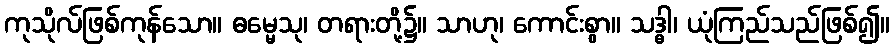
ကုသိုလ်ဖြစ်ကုန်သော။ ဓမ္မေသု၊ တရားတို့၌။ သာဟု၊ ကောင်းစွာ။ သဒ္ဓါ၊ ယုံကြည်သည်ဖြစ်၍။